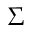
\Sigma